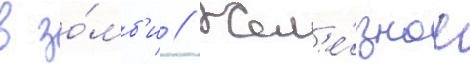
в зо́мб'и // Жел'е́зное